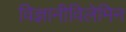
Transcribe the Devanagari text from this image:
विज्ञानीविलेमिन